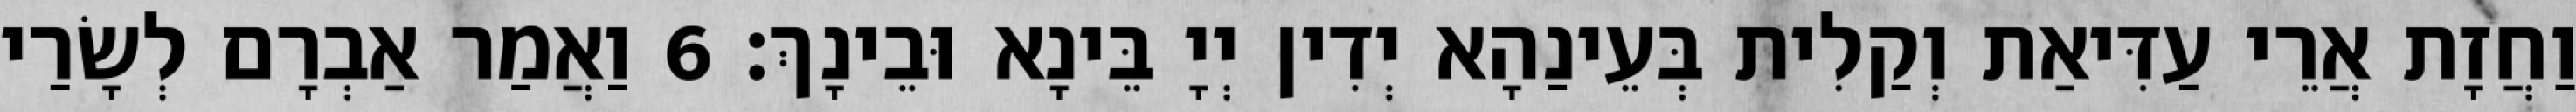
וַחֲזָת אֲרֵי עַדִּיאַת וְקַלִית בְּעֵינַהָא יְדִין יְיָ בֵּינָא וּבֵינָךְ׃ 6 וַאֲמַר אַבְרָם לְשָׂרַי